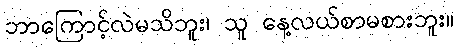
ဘာကြောင့်လဲမသိဘူး၊ သူ နေ့လယ်စာမစားဘူး။